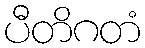
ပီတိဂတံ